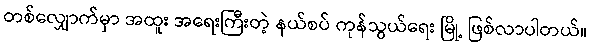
တစ်လျှောက်မှာ အထူး အရေးကြီးတဲ့ နယ်စပ် ကုန်သွယ်ရေး မြို့ ဖြစ်လာပါတယ်။